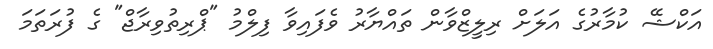
އަކްޝޭ ކުމާރުގެ އަލަށް ރިލީޒްވާން ތައްޔާރު ވެފައިވާ ފިލްމު "ޕްރިތުވިރާޖް" ގެ ފުރަތަމަ